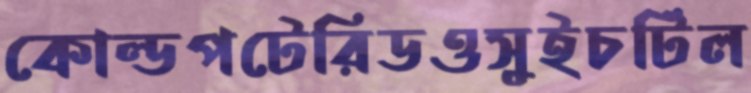
কোল্ডপটেরিডওসুইচটিল